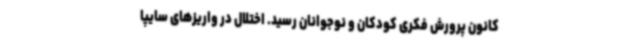
کانون پرورش فکری کودکان و نوجوانان رسید. اختلال در واریزهای سایپا